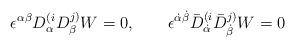
LaTeX: \begin{align*}\epsilon^{\alpha\beta}D^{(i}_{\alpha} D^{j)}_{\beta} W = 0, \qquad \epsilon^{\dot\alpha \dot\beta}\bar D^{(i}_{\dot\alpha} \bar D^{j)}_{\dot\beta} W = 0\end{align*}